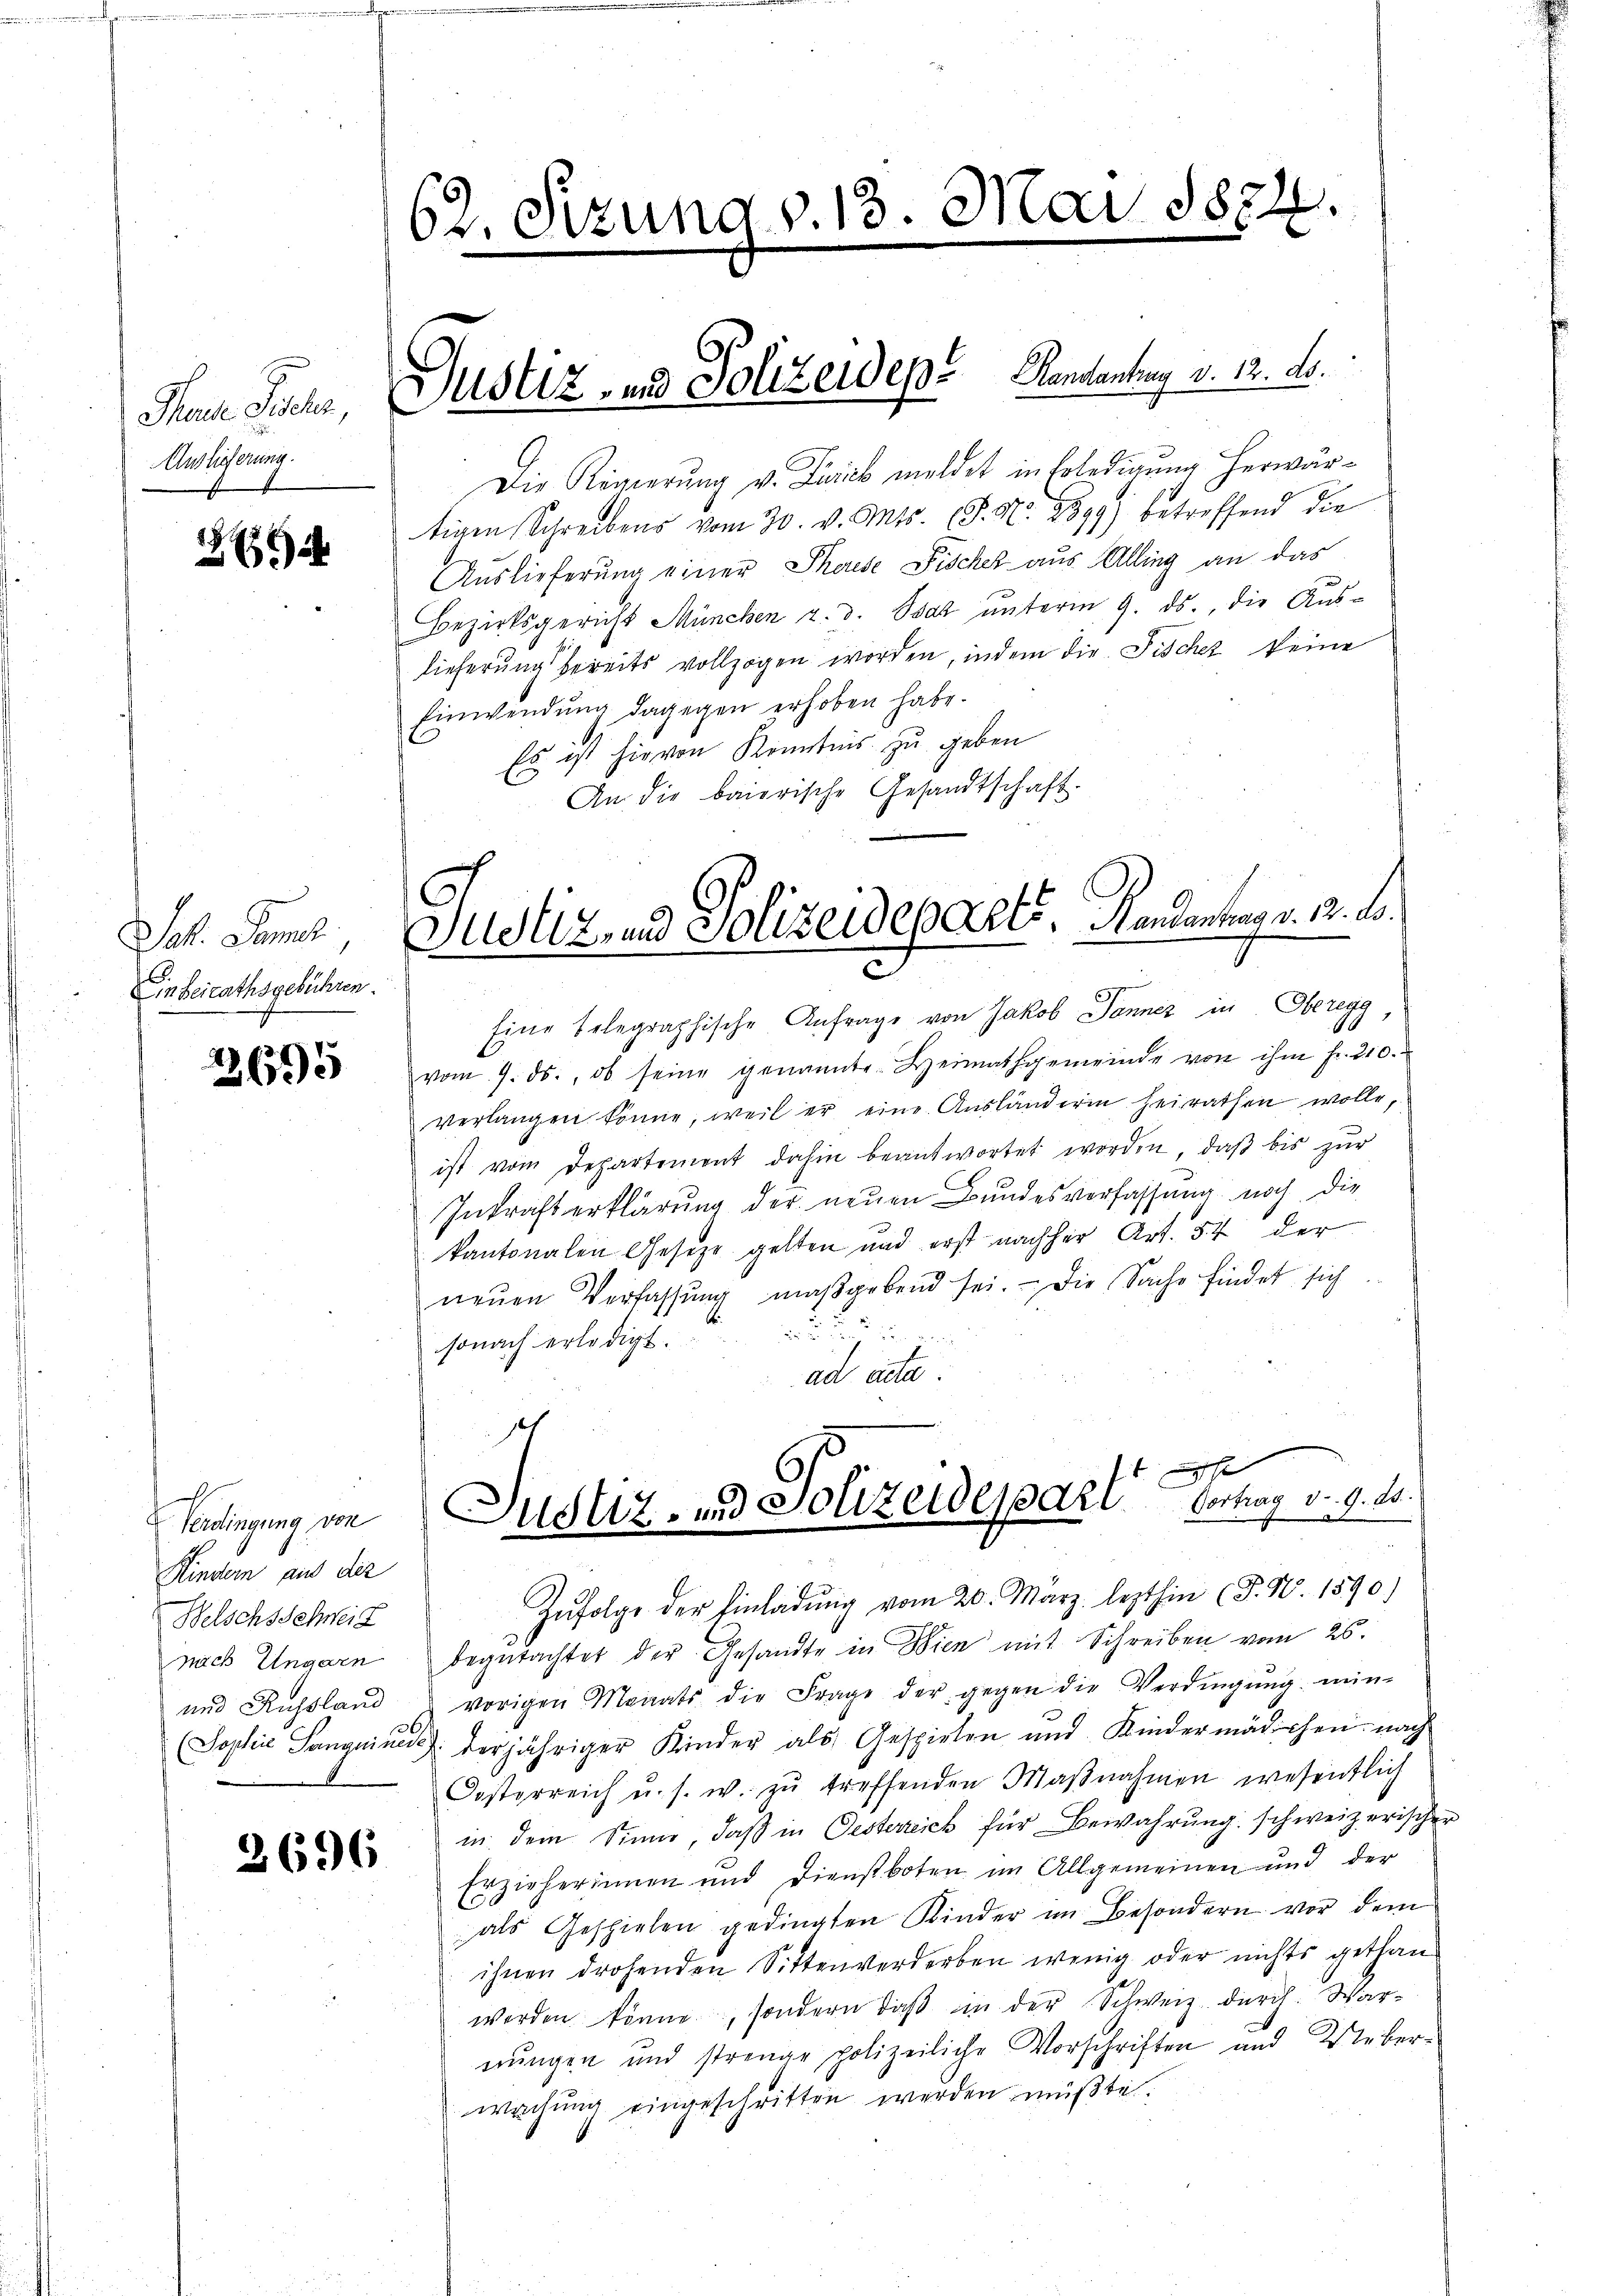
Theure Sichen,
Auslieferung.
e

164

Joh. Semes
Einbeirathsgebühren.

2695

Verdingung von
Kindern aus der
Welschsschreit
nach Ungarn
und Russland

2696

62. Sitzung v. 13. Mai 1872.

Die Könierung v. Durch meldet in Erledigung herwärtigen Schreibens vom 30. v. Mts. (T. N. 2899) betreffend die
Auslieferung einer Therese Fischer aus Alling an das
Bezirksgericht München u. 3. Psaz ŭnterm 9. ds., die Aus-
lieferung bereits vollzogen worden, indem die Fischer keine
Einwendung dagegen erhoben habe.
Es ist hievon Kenntnis zu geben
An die baierische Gesandtschaft.

Justiz- und Polizeidep. Kantantrag v. 12. d.

Justiz und Polizeideparts, Gendantung v. 2. l.

Eine telegraphische Anfrage von Jakob Donner in Oberegg
vom 9. ds., ob seine genannte Heimathgemeinde von ihm fr. 210.
verlangen könne, weil er eine Aŭsländerin heirathen wolle,
ist vom Departement dahin beantwortet worden, daβ bis zur
Inkraft erklärung der neuen Bundesverfassung noch die
kantonalen Gesetze gelten und erst nachher Art. 54 der
neŭen Verfassŭng maßgebend sei. Die Sache findet sich
sonach erledigt.
ad acta.
Zŭfolge der Einladung vom 20. März lezthin (T. N. 1590)
begutachtet der Gesandte in Wien mit Schreiben vom 26.
vorigen Monats die Frage der gegen die Verdingŭng mein-
(Sophie Sanguines derjähriger Kinder als Gespielen und Kindermädchen nach
Costerreich u. s. w. zŭ treffenden Maβnahmen wesentlich
in dem Sinne, daß in Oesterreich für Bewahrung schweizerischer
Erzieherinnen und Dienstboten im Allgemeinen und der
als Gespielen gedingten Kinder im Besondern vor dem
ihnen drohenden Sittenverdorben wenig oder nichts gethan
werden könne, sondern daß in der Schweiz durch. Warnungen und strenge polizeiliche Vorschriften und Ueberwachung eingeschritten werden müßte.

e
Justiz- und Polizeidepart. Vortrag d. 9. 20.
e